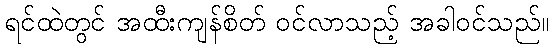
ရင်ထဲတွင် အထီးကျန်စိတ် ဝင်လာသည့် အခါဝင်သည်။